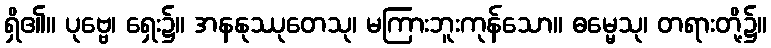
ရှိ၏။ ပုဗ္ဗေ၊ ရှေး၌။ အနနုဿုတေသု၊ မကြားဘူးကုန်သော။ ဓမ္မေသု၊ တရားတို့၌။